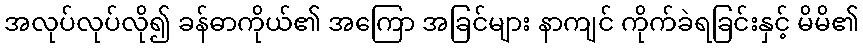
အလုပ်လုပ်လို၍ ခန်ဓာကိုယ်၏ အကြော အခြင်များ နာကျင် ကိုက်ခဲရခြင်းနှင့် မိမိ၏